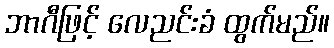
ဘာဂီဖြင့် လေညင်းခံ ထွက်မည်။